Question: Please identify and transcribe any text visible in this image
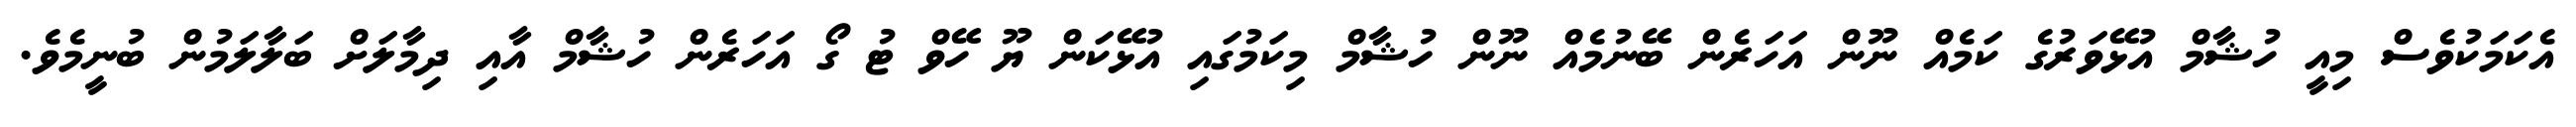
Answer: އެކަމަކުވެސް މިއީ ހުޝާމް އުޅޭވަރުގެ ކަމެއް ނޫން އަހަރެން ބޭނުމެއް ނޫން ހުޝާމް މިކަމުގައި އުޅޭކަން ޔޫ ހޭވް ޓު ގޯ އަހަރެން ހުޝާމް އާއި ދިމާލަށް ބަލާލަމުން ބުނީމެވެ.